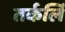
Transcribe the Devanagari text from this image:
तर्कर्लि